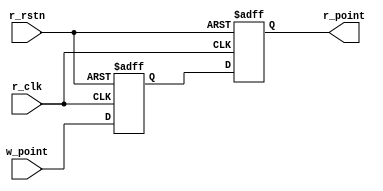
`timescale 1ns / 1ps
//////////////////////////////////////////////////////////////////////////////////
// Company: 
// Engineer: 
// 
// Design Name: 
// Module Name: sync_w2r
// Project Name: 
// Target Devices: 
// Tool Versions: 
// Description: 
// 
// Dependencies: 
// 
// Revision:
// Revision 0.01 - File Created
// Additional Comments:
// 
//////////////////////////////////////////////////////////////////////////////////


module sync_w2r
    #(
        parameter ADDR_WIDTH = 3
    )
    (
        input   r_clk, r_rstn,
        input   [ADDR_WIDTH : 0] w_point, 
        output  [ADDR_WIDTH : 0] r_point 
    );
    
    reg [ADDR_WIDTH :0] q1_reg, q2_reg; 
    
    always @(posedge r_clk or negedge r_rstn) begin 
        if(!r_rstn) begin 
            q1_reg <= 0; 
            q2_reg <= 0; 
        end else begin 
            q1_reg <= w_point; 
            q2_reg <= q1_reg; 
        end
    end
    assign r_point = q2_reg; 
endmodule